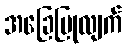
အခြေပြုလျက်